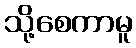
သို့စေကာမူ